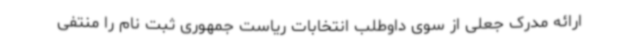
ارائه مدرک جعلی از سوی داوطلب انتخابات ریاست جمهوری ثبت نام را منتفی